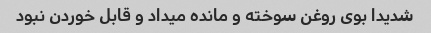
شدیدا بوی روغن سوخته و مانده میداد و قابل خوردن نبود